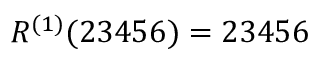
R ^ { ( 1 ) } ( 2 3 4 5 6 ) = 2 3 4 5 6